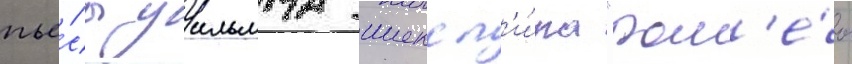
пье́сы уильяма шексп'и́ра "ром'е́о